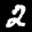
Label: 2